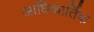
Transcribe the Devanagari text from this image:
आधिकार्तिक